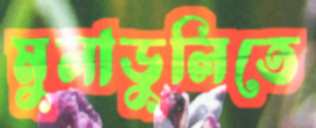
মুলাডুলিতে